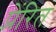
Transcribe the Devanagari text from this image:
प्रेंरित